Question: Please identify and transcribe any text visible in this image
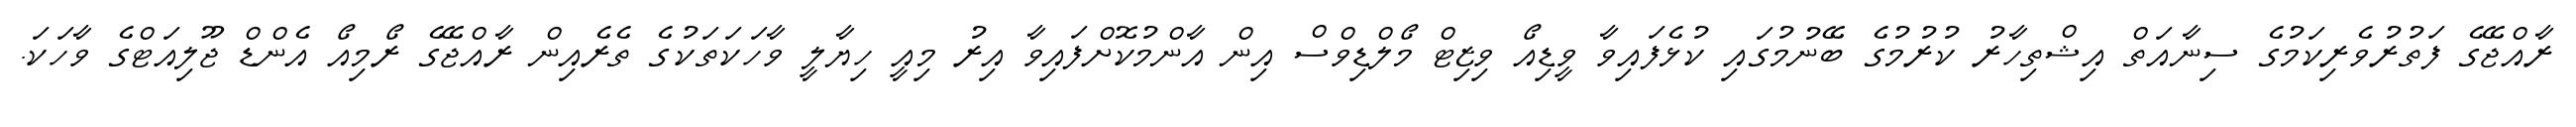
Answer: ރާއްޖޭގެ ފަތުރުވެރިކަމުގެ ސިނާއަތް އިޝްތިހާރު ކުރުމުގެ ބޭނުމުގައި ކުޅެފައިވާ ވީޑިއޯ ވިޒިޓް މޯލްޑިވްސް އިން އާންމުކޮށްފައިވާ އިރު މިއީ ހިޔާލީ ވާހަކަތަކުގެ ތެރެއިން ރާއްޖޭގެ ރޯމިއޯ އެންޑް ޖޫލިއަޓްގެ ވާހަކަ.